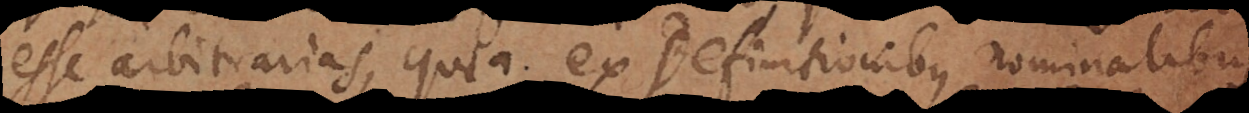
esse arbitrarias, quia ex definitionibus nominalibus